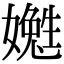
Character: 嬔